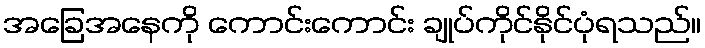
အခြေအနေကို ကောင်းကောင်း ချုပ်ကိုင်နိုင်ပုံရသည်။